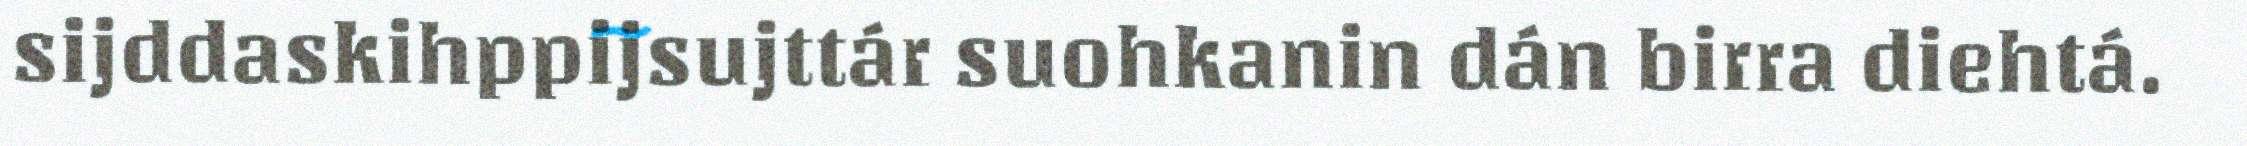
sijddaskihppijsujttár suohkanin dán birra diehtá.